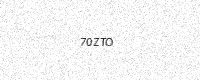
Text: 70ZTO